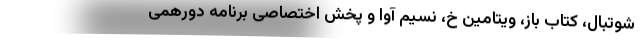
شوتبال، کتاب باز، ویتامین خ، نسیم آوا و پخش اختصاصی برنامه دورهمی